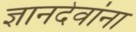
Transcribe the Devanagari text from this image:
ज्ञानदेवांना